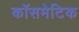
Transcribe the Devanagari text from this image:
कॉसमेटिक